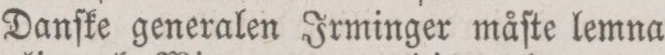
Danſke generalen Jrminger måſte lemna